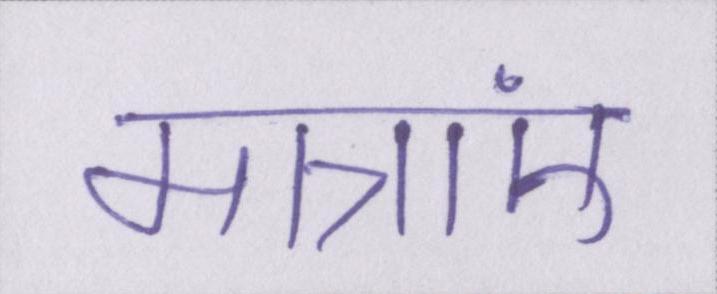
मात्राएं